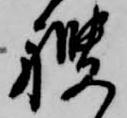
艘